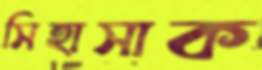
সিহাসাক